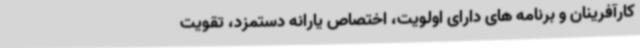
کارآفرینان و برنامه های دارای اولویت، اختصاص یارانه دستمزد، تقویت